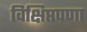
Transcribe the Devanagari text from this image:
विक्षिप्तपणा